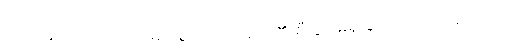
ဗဟုဇနအဟိတာယ၊ များစွာသောလူတို့၏ စီးပွားမရှိခြင်းငှာလည်းကောင်း။